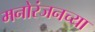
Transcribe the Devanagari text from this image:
मनोरंजनच्या